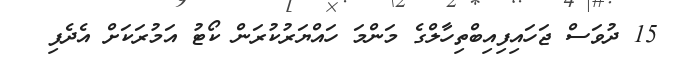
15 ދުވަސް ޖަހައިފިއިބްތިހާލްގެ މަންމަ ހައްޔަރުކުރަން ކޯޓު އަމުރަކަށް އެދެފި